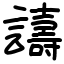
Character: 譸